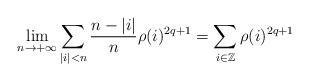
LaTeX: \begin{align*}\lim_{n\to+\infty} \sum_{\vert i \vert < n} \frac{ n-\vert i\vert}{n} \rho(i)^{2q+1} = \sum_{i\in\mathbb{Z}} \rho(i)^{2q+1} \quad \end{align*}